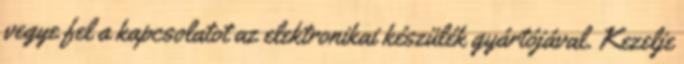
vegye fel a kapcsolatot az elektronikai készülék gyártójával. Kezelje